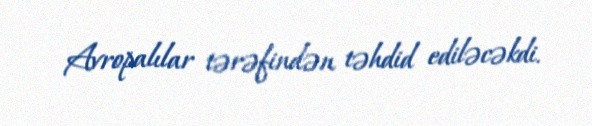
Avropalılar tərəfindən təhdid ediləcəkdi.